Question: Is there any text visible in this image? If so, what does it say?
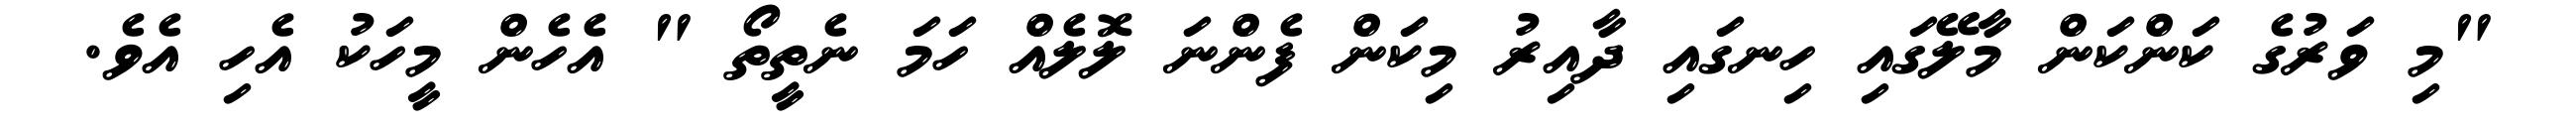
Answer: "މި ވަރުގެ ކަންކަން މާލޭގައި ހިނގައި ދާއިރު މިކަން ފެންނަ ލޮލެއް ހަމަ ނެތީތޯ " އެހެން މީހަކު އެހި އެވެ.